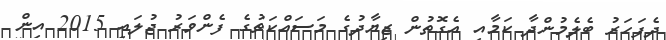
ދެފަހަރު ބެލެމުންދާ ކަމާއި އެގޮތުން ޒިޔާދުގެ މަސައްކަތުގެ ފެންވަރު ޖުލައި 2015 އިން